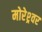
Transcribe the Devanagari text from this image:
मोरेश्र्वर